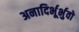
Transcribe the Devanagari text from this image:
अनादिर्भूर्भुवो